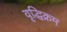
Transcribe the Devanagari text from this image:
वृद्धिक्रम